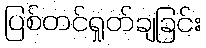
ပြစ်တင်ရှုတ်ချခြင်း